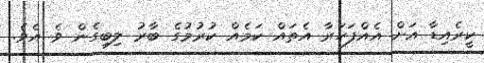
ކީރެއިޑާ އަށް އެއްފަހަރާ އެތައް ކަމެއް ކުރުމުގެ ބާރު ލިބިގެން ވެ އެވެ.